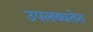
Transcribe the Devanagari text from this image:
उपलब्धतेत